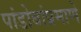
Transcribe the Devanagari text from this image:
पांडोबांप्रमाणे